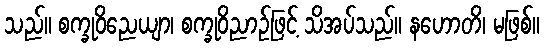
သည်။ စက္ခုဝိညေယျာ၊ စက္ခုဝိညာဉ်ဖြင့် သိအပ်သည်။ နဟောတိ၊ မဖြစ်။